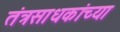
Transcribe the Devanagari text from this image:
तंत्रसाधकांच्या